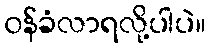
၀န်ခံလာရလို့ပါပဲ။